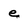
Character: e